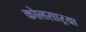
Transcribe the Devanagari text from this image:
कोलसाऱ्या